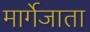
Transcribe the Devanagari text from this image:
मार्गेजाता